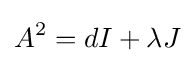
A^{2}=dI+\lambda J